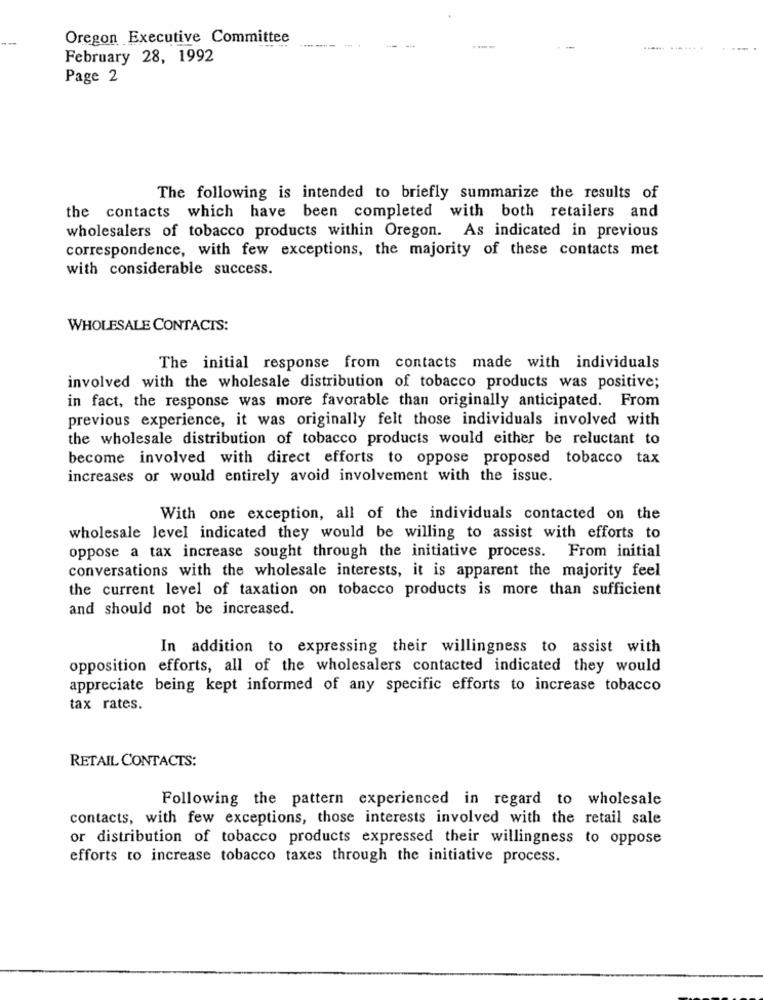
Oregon Executive Committee
...... .......
February 28, 1992
Page 2
The following is intended to briefly summarize the results of
the contacts which have been completed with both retailers and
wholesalers of tobacco products within Oregon. As indicated in previous
correspondence, with few exceptions, the majority of these contacts met
with considerable success.
WHOLESALE CONTACTS:
The initial response from contacts made with individuals
involved with the wholesale distribution of tobacco products was positive;
in fact, the response was more favorable than originally anticipated. From
previous experience, it was originally felt those individuals involved with
the wholesale distribution of tobacco products would either be reluctant to
become involved with direct efforts to oppose proposed tobacco tax
increases or would entirely avoid involvement with the issue.
With one exception, all of the individuals contacted on the
wholesale level indicated they would be willing to assist with efforts to
oppose a tax increase sought through the initiative process.
From initial
conversations with the wholesale interests, it is apparent the majority feel
the current level of taxation on tobacco products is more than sufficient
and should not be increased.
In addition to expressing their willingness to assist with
opposition efforts, all of the wholesalers contacted indicated they would
appreciate being kept informed of any specific efforts to increase tobacco
tax rates.
RETAIL CONTACTS:
Following the pattern experienced in regard to wholesale
contacts, with few exceptions, those interests involved with the retail sale
or distribution of tobacco products expressed their willingness to oppose
efforts to increase tobacco taxes through the initiative process.